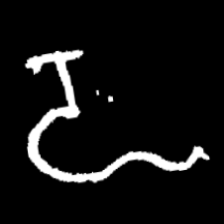
Pyu character \u2014 Myanmar letter: ဍ (romanized: dda)